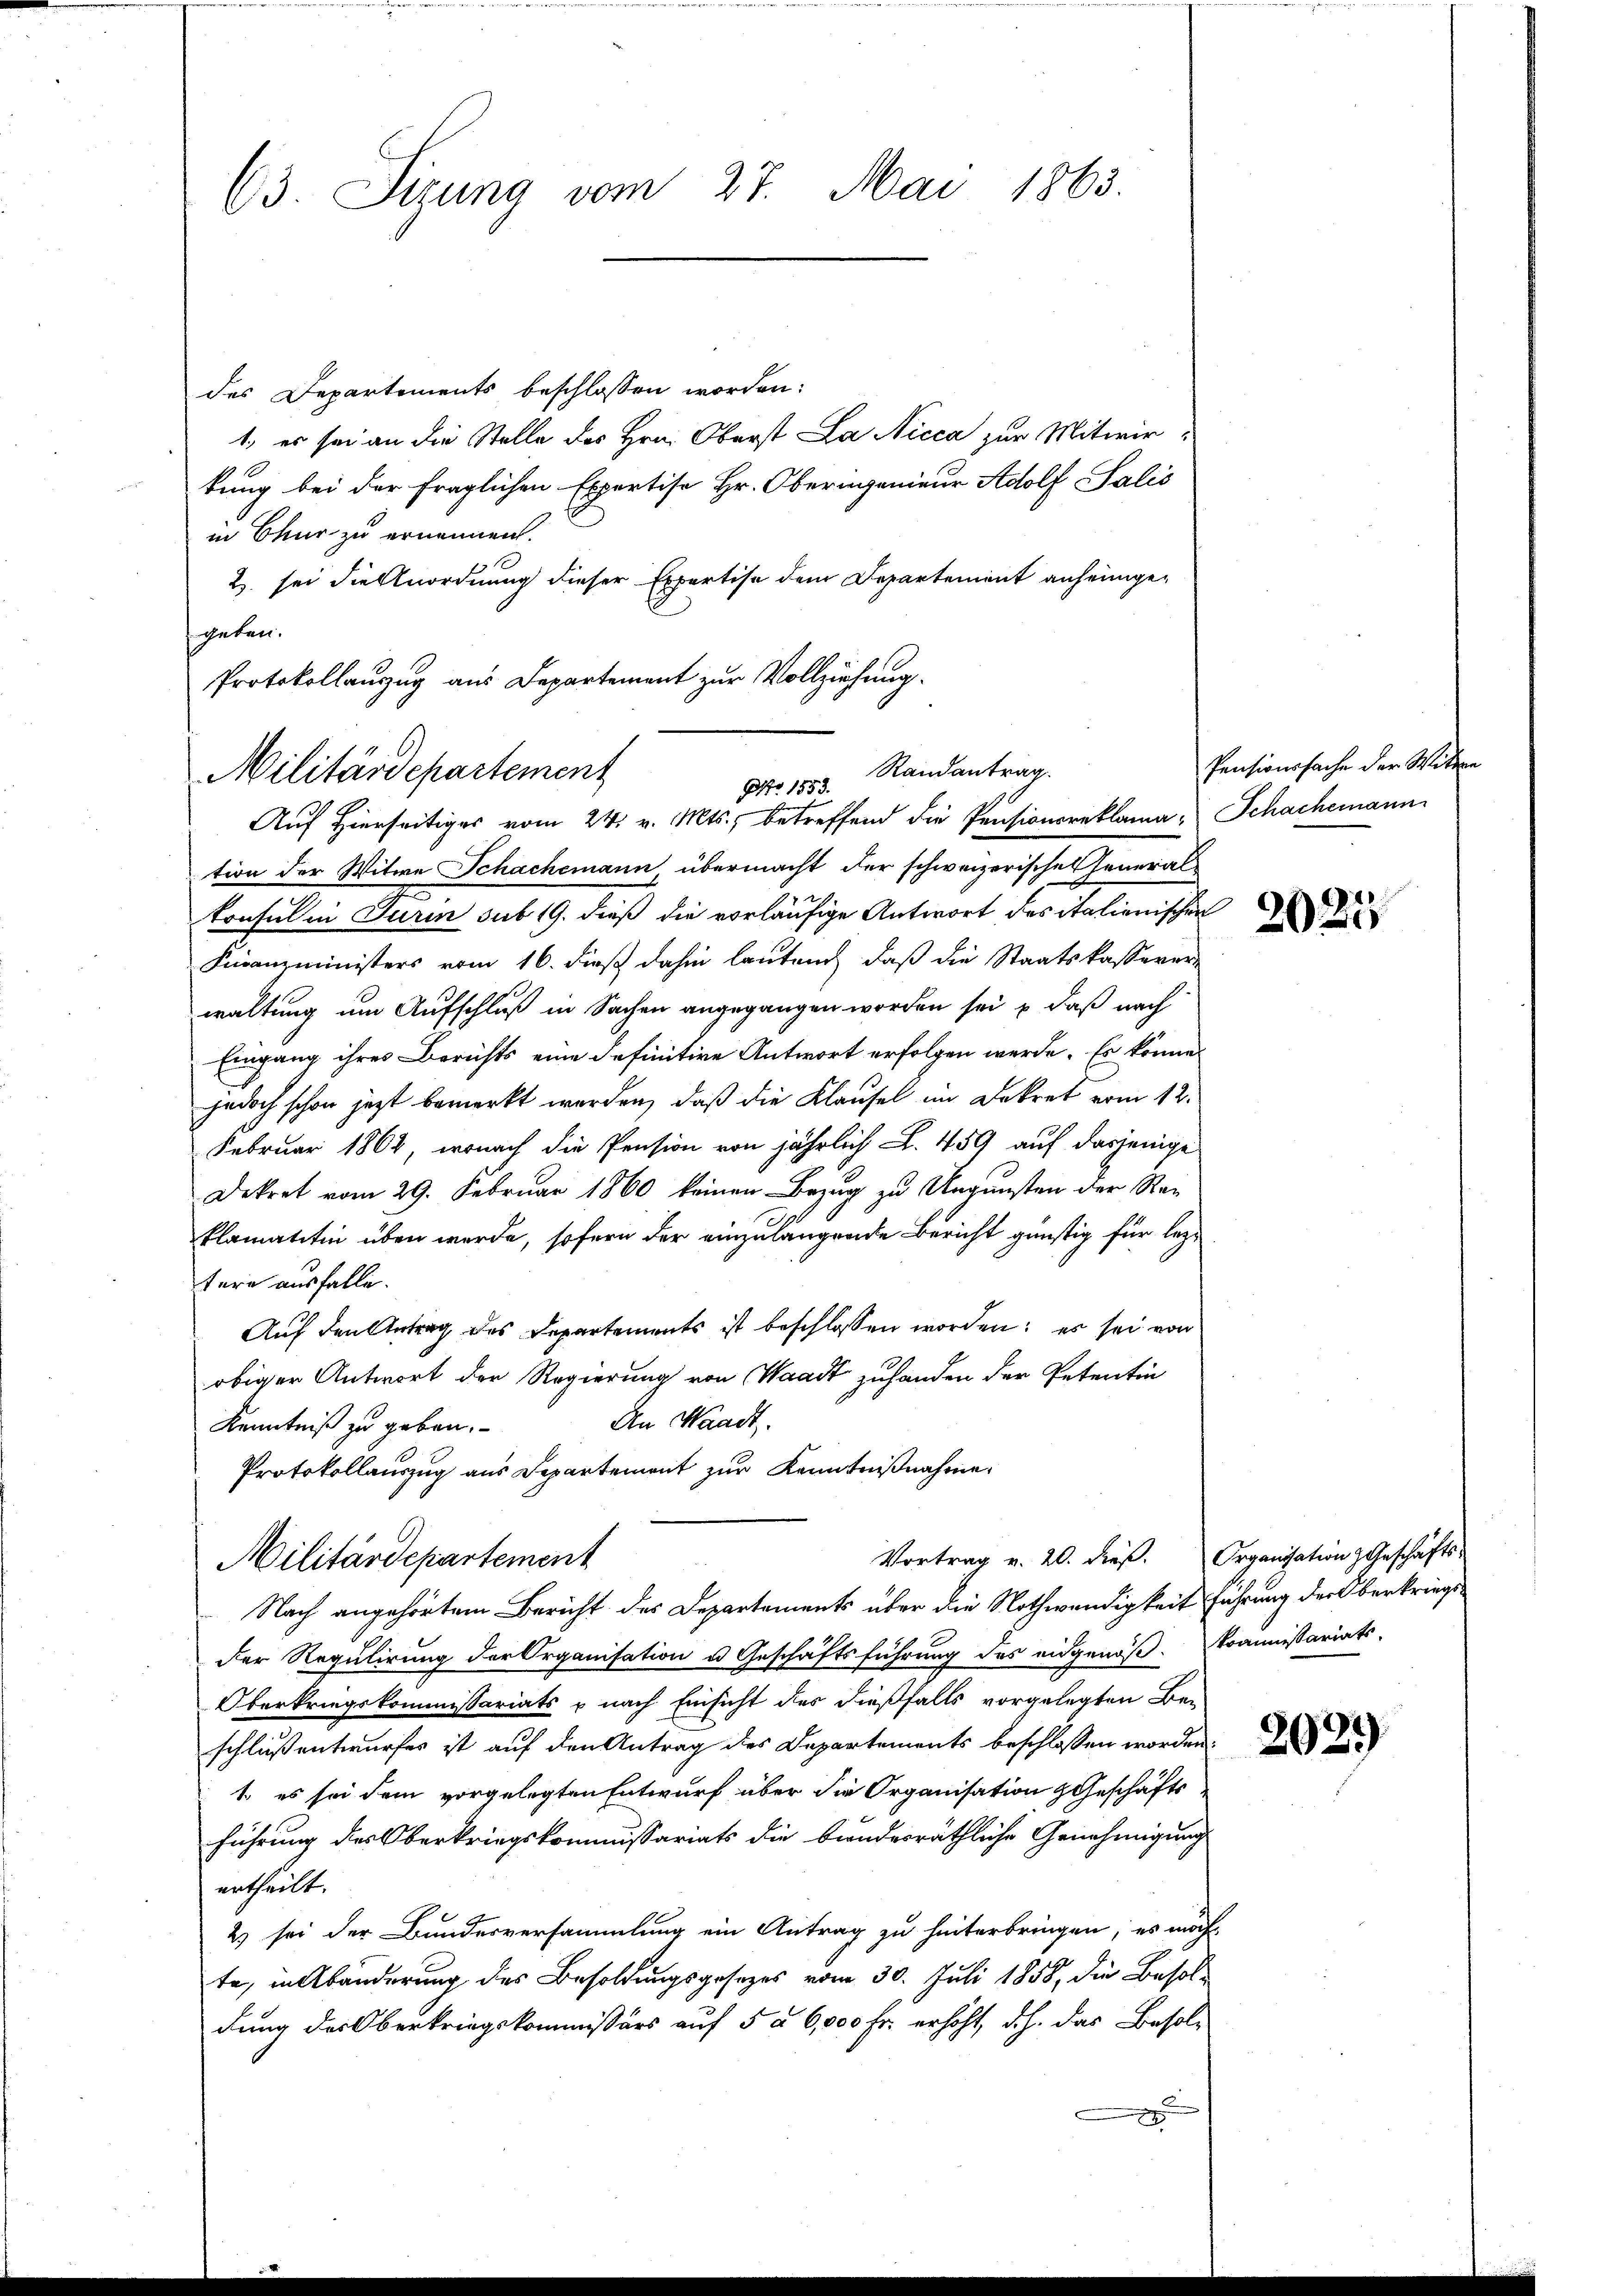
63. Sizung vom 27. Mai 1863.

des Departements beschlossen worden:
1, er sei an die Stelle des Hrn. Oberst La Nicca zur Mitwir-
kung bei der fraglichen Expertise Hr. Obernigenieur Adolf Salis
in Chur zu ernennen.
Z. sei die Anordnung dieser Expertise dem Departement anheimgegetan.
Protokollauszug aus Departement zur Vollziehung.

Militärdepartement
Ao 1883. Randantrag.
Auf hierseitiges vom 24. v. Mts., betreffend die Pensionsreklama: Schachemann

tion der Witwe Schachemann, übermacht der schweizerisches Generalkonsul in Turin sub 19. dieß die vorläufige Antwort des italionischen
Finanzministers vom 16. dieß dahin lautend daß die Staatskasserer-
waltung um Aufschluß in Sachen angegangen worden sei & daß nach
Eingang ihres Berichts eine definitive Antwort erfolgen werde. Es könne,
jedoch schon jezt bemerkt werden, daß die Klausel im Dekret vom 12.
Februar 1862, wonach die Pension von jährlich L. 459 auf dasjenige
Dekret vom 29. Februar 1860 keinen Bezug zu Ungunsten der Re¬
Plamatitin über werde, sofern der einzulangende Bericht günstig für lezt
tere ausfalle.
Auf den Antrag des Departements ist beschlossen worden; es sei von
obiger Antwort der Regierung von Waadt zuhanden der Petentin
An Waadt.
Kenntniß zu geben.
Protokollauszug aus Departement zur Kenntnißnahme
Vortrag v. 20. dieβ. Organisation Geschäfts-
Militärdepartement
Nach angehörtem Bericht des Departements über die Nothwendigkeit führung der Oberkriegs¬
Der Regulirung der Organisation u. Geschäftsführung des eidgenöß-Kommissariats-
Oberkriegskommissariats & nach Einsicht des dießfalls vorgelegten Be-
schluß entwurfes ist auf den Antrag des Departements beschlossen worden.
1. es sei dem vorgelegten Entwurf über die Organisation Geschäfts
führung des Oberkriegskommissariats die bundesräthliche Genehmigung
ertheilt.
2) sei der Bundesversammlung ein Antrag zu hinterbringen, es möcht
te, in Abänderung des Besoldungsgesezes vom 30. Juli 1858, die Besoldung des Oberkriegskommissärs auf 5 à 6,000 Fr. erhöht, d.h. das Besol¬

Pensionssache der Wittwe

2021

2029)